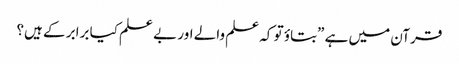
قرآن میں ہے ”بتاؤ تو کہ علم والے اور بے علم کیا برابر کے ہیں؟